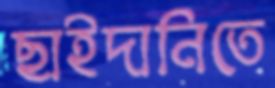
ছাইদানিতে